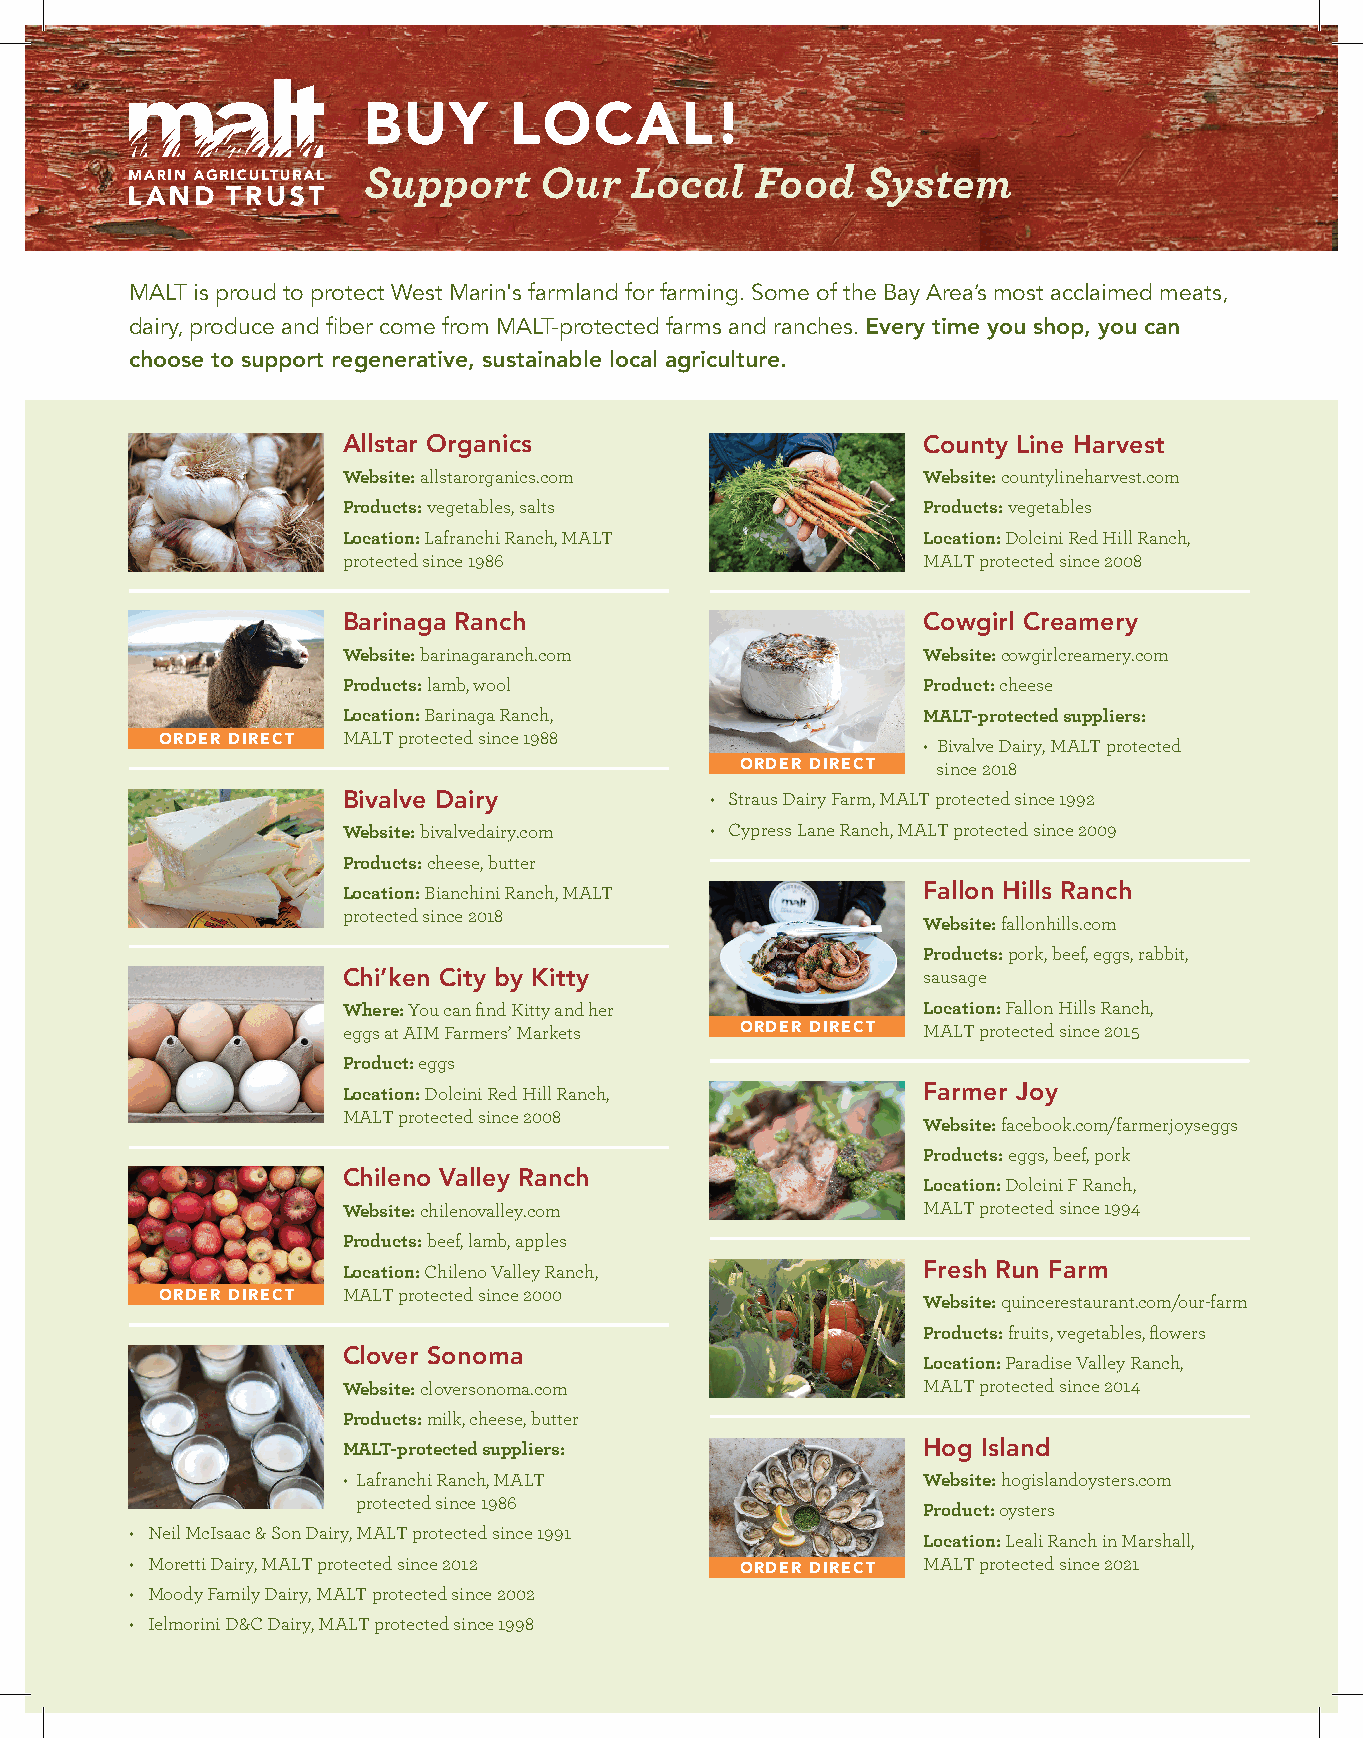
BUY       LOCAL!
 Support     Our   Local   Food   System
 MALT is proud to protect West Marin's farmland for farming. Some of the Bay Area’s most acclaimed meats,
 dairy, produce and fiber come from MALT-protected farms and ranches. Every time you shop, you can
 choose to support regenerative, sustainable local agriculture.
 Allstar Organics                      County Line Harvest
 Website: allstarorganics.com          Website: countylineharvest.com
 Products: vegetables, salts           Products: vegetables
 Location: Lafranchi Ranch, MALT       Location: Dolcini Red Hill Ranch,
 protected since 1986                  MALT protected since 2008
 Barinaga Ranch                        Cowgirl Creamery
 Website: barinagaranch.com            Website: cowgirlcreamery.com
 Products: lamb, wool                  Product: cheese
 Location: Barinaga Ranch,             MALT-protected suppliers:
 ORDER DIRECT MALT protected since 1988            • Bivalve Dairy, MALT protected
 ORDER DIRECT since 2018
 Bivalve Dairy           • Straus Dairy Farm, MALT protected since 1992
 Website: bivalvedairy.com • Cypress Lane Ranch, MALT protected since 2009
 Products: cheese, butter
 Location: Bianchini Ranch, MALT       Fallon Hills Ranch
 protected since 2018
 Website: fallonhills.com
 Products: pork, beef, eggs, rabbit,
 Chi’ken City by Kitty                 sausage
 Where: You can find Kitty and her     Location: Fallon Hills Ranch,
 eggs at AIM Farmers’ Markets ORDER DIRECT MALT protected since 2015
 Product: eggs
 Location: Dolcini Red Hill Ranch,     Farmer Joy
 MALT protected since 2008
 Website: facebook.com/farmerjoyseggs
 Products: eggs, beef, pork
 Chileno Valley Ranch
 Location: Dolcini F Ranch,
 Website: chilenovalley.com            MALT protected since 1994
 Products: beef, lamb, apples
 Location: Chileno Valley Ranch,       Fresh Run Farm
 ORDER DIRECT MALT protected since 2000            Website: quincerestaurant.com/our-farm
 Products: fruits, vegetables, flowers
 Clover Sonoma
 Location: Paradise Valley Ranch,
 Website: cloversonoma.com             MALT protected since 2014
 Products: milk, cheese, butter
 MALT-protected suppliers:             Hog Island
 • Lafranchi Ranch, MALT               Website: hogislandoysters.com
 protected since 1986
 Product: oysters
 • Neil McIsaac & Son Dairy, MALT protected since 1991
 Location: Leali Ranch in Marshall,
 • Moretti Dairy, MALT protected since 2012 ORDER DIRECT MALT protected since 2021
 • Moody Family Dairy, MALT protected since 2002
 • Ielmorini D&C Dairy, MALT protected since 1998